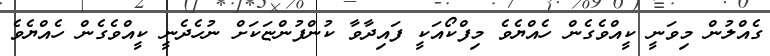
ގެއްލުން މިވަނީ ކީއްވެގެން ހެއްޔެވެ މިފްކޯއަކީ ފައިދާވާ ކުންފުންޏަކަށް ނުހެދެނީ ކީއްވެގެން ހެއްޔެވެ